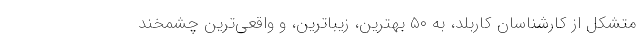
متشکل از کارشناسان کاربلد، به ۵۰ بهترین، زیباترین، و واقعی‌ترین چشمخند